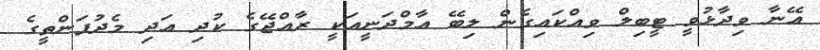
އޭނާ ވިދާޅުވީ ޓީބިލް ވިއްކައިގެން ލިބޭ އާމްދަނީއަކީ ރާއްޖޭގެ ކުދި އަދި މެދުފަންތީގެ